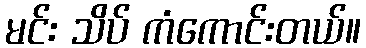
မင်း သိပ် ကံကောင်းတယ်။